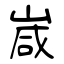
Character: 嵅